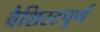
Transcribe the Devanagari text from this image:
वैशिस्टपूर्ण